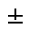
\pm